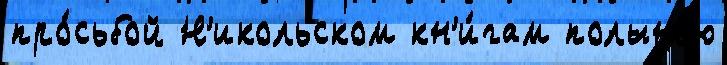
про́сьбой Н'икольском кн'и́гам полынью